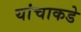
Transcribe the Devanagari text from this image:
यांचाकडे